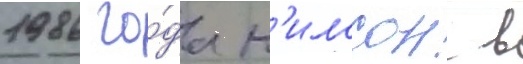
1986 го́да н'илссон в